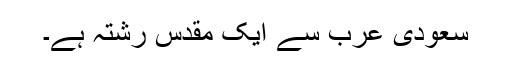
سعودی عرب سے ایک مقدس رشتہ ہے۔